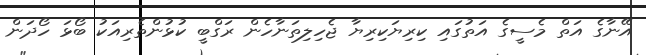
އޭނާގެ އަތް މެސީގެ އަތުގައި ކިރިޔަކިރިޔާ ޖެހިލިތަނާހެން ރަގްބީ ކުޅުންތެރިއަކު ބޯޅަ ހޯދަން